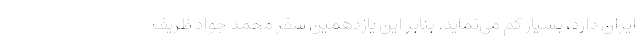
ایران دارد، بسیار کم می‌نماید. بنابر این یازدهمین سفر محمد جواد ظریف